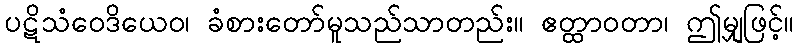
ပဋိသံဝေဒိယေဝ၊ ခံစားတော်မူသည်သာတည်း။ ဧတ္ထာဝတာ၊ ဤမျှဖြင့်။